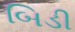
બિડી